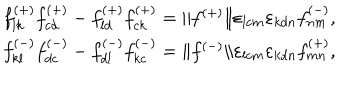
\begin{array} { l } { { f _ { l k } ^ { ( + ) } f _ { c d } ^ { ( + ) } - f _ { l d } ^ { ( + ) } f _ { c k } ^ { ( + ) } = \| f ^ { ( + ) } \| \varepsilon _ { l c m } \varepsilon _ { k d n } f _ { n m } ^ { ( - ) } , } } \\ { { f _ { k l } ^ { ( - ) } f _ { d c } ^ { ( - ) } - f _ { d l } ^ { ( - ) } f _ { k c } ^ { ( - ) } = \| f ^ { ( - ) } \| \varepsilon _ { l c m } \varepsilon _ { k d n } f _ { m n } ^ { ( + ) } , } } \\ \end{array}